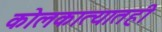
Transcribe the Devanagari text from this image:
कोलकात्यातही